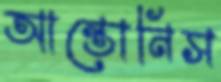
আন্তোনিস